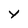
Character: Y